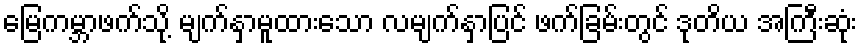
မြေကမ္ဘာဖက်သို့ မျက်နှာမူထားသော လမျက်နှာပြင် ဖက်ခြမ်းတွင် ဒုတိယ အကြီးဆုံး